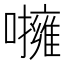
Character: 𡃵